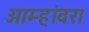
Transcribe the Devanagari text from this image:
आम्हांवर।